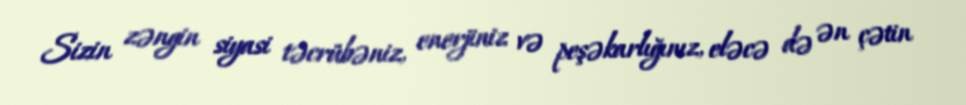
Sizin zəngin siyasi təcrübəniz, enerjiniz və peşəkarlığınız, eləcə də ən çətin